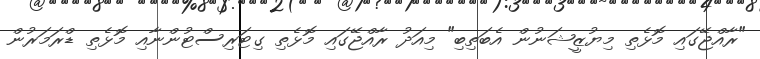
"ރާއްޖޭގައި މޮޅެތި މިޔުޒީޝަނުން އެބަތިބި" މިއަދު ރާއްޖޭގައި މޮޅެތި ގިޓަރިސްޓުންނާއި މޮޅެތި ޑްރަމަރުން